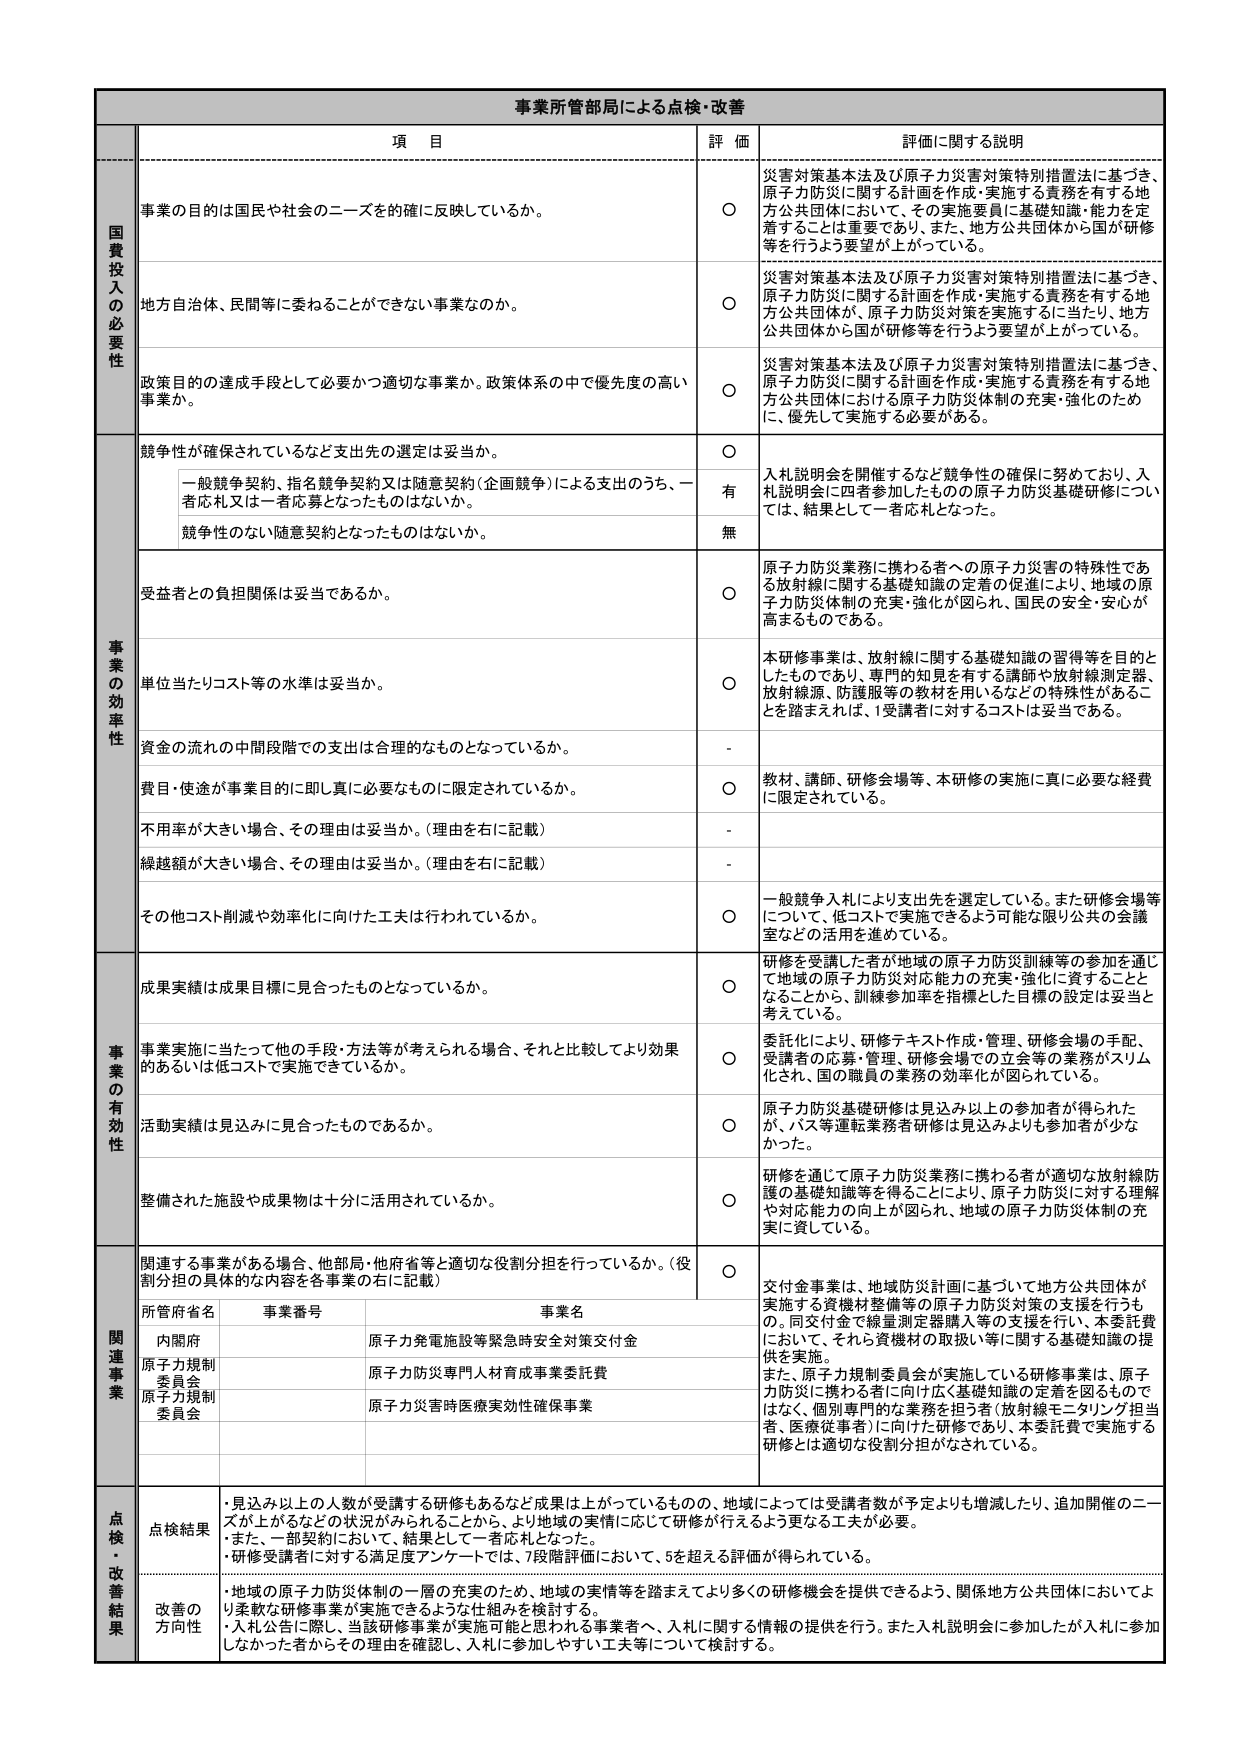
事業所管部局による点検・改善

項 目 評 価 評価に関する説明

国費投入の必要性
事業の目的は国民や社会のニーズを的確に反映しているか。
○ 災害対策基本法及び原子力災害対策特別措置法に基づき、原子力防災に関する計画を作成・実施する責務を有する地方公共団体において、その実施要員に基礎知識・能力を定着することは重要であり、また、地方公共団体から国が研修等を行うよう要望が上がっている。

地方自治体、民間等に委ねることができない事業なのか。
○ 災害対策基本法及び原子力災害対策特別措置法に基づき、原子力防災に関する計画を作成・実施する責務を有する地方公共団体が、原子力防災対策を実施するに当たり、地方公共団体から国が研修等を行うよう要望が上がっている。

政策目的の達成手段として必要かつ適切な事業か。政策体系の中で優先度の高い事業か。
○ 災害対策基本法及び原子力災害対策特別措置法に基づき、原子力防災に関する計画を作成・実施する責務を有する地方公共団体における原子力防災体制の充実・強化のため、優先して実施する必要がある。

事業の効率性
競争性が確保されているなど支出先の選定は妥当か。
○ 一般競争契約、指名競争契約又は随意契約（企画競争）による支出のうち、一者応札又は一者応募となったものはないか。
有 入札説明会を開催するなど競争性の確保に努めており、入札説明会に四者参加したものの原子力防災基礎研修については、結果として一者応札となった。
無

受益者との負担関係は妥当であるか。
○ 原子力防災業務に携わる者への原子力災害の特殊性である放射線に関する基礎知識の定着の促進により、地域の原子力防災体制の充実・強化が図られ、国民の安全・安心が高まるものである。

単位当たりコスト等の水準は妥当か。
○ 本研修事業は、放射線に関する基礎知識の習得等を目的としたものであり、専門的知見を有する講師や放射線測定器、放射線源、防護服等の教材を用いるなどの特殊性があることを踏まえれば、1受講者に対するコストは妥当である。

資金の流れの中間段階での支出は合理的なものとなっているか。
-

費目・用途が事業目的に即し真に必要なものに限定されているか。
○ 教材、講師、研修会場等、本研修の実施に真に必要な経費に限定されている。

不用率が大きい場合、その理由は妥当か。（理由を右に記載）
-

繰越額が大きい場合、その理由は妥当か。（理由を右に記載）
-

その他コスト削減や効率化に向けた工夫は行われているか。
○ 一般競争入札により支出先を選定している。また研修会場等について、低コストで実施できるよう可能な限り公共の会議室などの活用を進めている。

事業の有効性
成果実績は成果目標に見合ったものとなっているか。
○ 研修を受講した者が地域の原子力防災訓練等の参加を通じて地域の原子力防災対応能力の充実・強化に資することとなることから、訓練参加率を指標とした目標の設定は妥当と考えている。

事業実施に当たって他の手段・方法等が考えられる場合、それと比較してより効果的あるいは低コストで実施できているか。
○ 委託化により、研修テキスト作成・管理、研修会場の手配、受講者の応募・管理、研修会場での立会等の業務がスリム化され、国の職員の業務の効率化が図られている。

活動実績は見込みに見合ったものであるか。
○ 原子力防災基礎研修は見込み以上の参加者が得られたが、バス等運転業務者研修は見込みよりも参加者が少なかった。

整備された施設や成果物は十分に活用されているか。
○ 研修を通じて原子力防災業務に携わる者が適切な放射線防護の基礎知識等を得ることにより、原子力防災に対する理解や対応能力の向上が図られ、地域の原子力防災体制の充実に資している。

関連事業
関連する事業がある場合、他部局・他府省等と適切な役割分担を行っているか。（役割分担の具体的な内容を各事業の右に記載）
○ 交付金事業は、地域防災計画に基づいて地方公共団体が実施する資機材整備等の原子力防災対策の支援を行うもの。同交付金で線量測定器購入等の支援を行い、本委託費において、それら資機材の取扱い等に関する基礎知識の提供を実施。
また、原子力規制委員会が実施している研修事業は、原子力防災に携わる者に向けた広く基礎知識の定着を図るものではなく、個別専門的な業務を担う者（放射線モニタリング担当者、医療従事者）に向けた研修であり、本委託費で実施する研修とは適切な役割分担がなされている。

所管府省名 事業番号 事業名
内閣府 原子力発電施設等緊急時安全対策交付金
原子力規制委員会 原子力防災専門人材育成事業委託費
原子力規制委員会 原子力災害時医療実効性確保事業

点検・改善結果
点検結果
・見込み以上の人数が受講する研修もあるなど成果は上がっているものの、地域によっては受講者数が予定よりも増減したり、追加開催のニーズが上がるなどの状況がみられることがから、より地域の実情に応じて研修が行えるよう更なる工夫が必要。
・また、一部契約において、結果として一者応札となった。
・研修受講者に対する満足度アンケートでは、7段階評価において、5を超える評価が得られている。

改善の方向性
・地域の原子力防災体制の一層の充実のため、地域の実情等を踏まえてより多くの研修機会を提供できるよう、関係地方公共団体においてより柔軟な研修事業が実施できるような仕組みを検討する。
・入札公告に際し、当該研修事業が実施可能と思われる事業者へ、入札に関する情報の提供を行う。また入札説明会に参加したが入札に参加しなかった者からその理由を確認し、入札に参加しやすい工夫等について検討する。